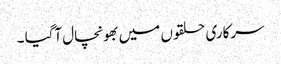
سرکاری حلقوں میں بھونچال آگیا ۔